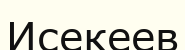
Исекеев